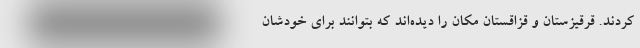
کردند. قرقیزستان و قزاقستان مکان را دیده‌اند که بتوانند برای خودشان